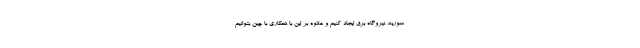
سوریه، نیروگاه برق ایجاد کنیم و علاوه بر این با همکاری با چین بتوانیم